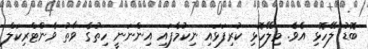
ބޮޑު ލޭހޮޅި އެވެ. މިލޭހޮޅި ކުރިފަޅައި ނިކުމެފައި އިންނަނީ ހިތުގެ ވާތު ވެންޓްރިކަލް